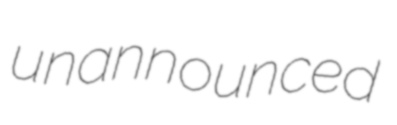
unannounced